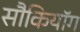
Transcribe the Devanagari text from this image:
सौकियॉग